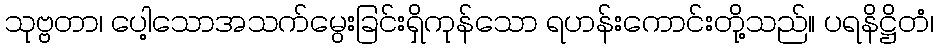
သုဗ္ဗတာ၊ ပေါ့သောအသက်မွေးခြင်းရှိကုန်သော ရဟန်းကောင်းတို့သည်။ ပရနိဋ္ဌိတံ၊